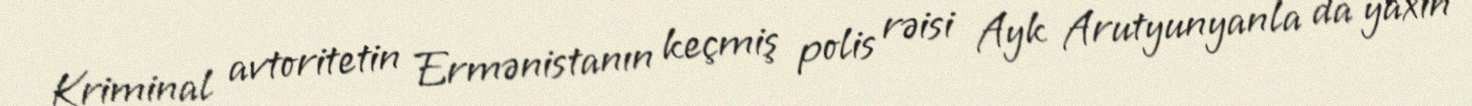
Kriminal avtoritetin Ermənistanın keçmiş polis rəisi Ayk Arutyunyanla da yaxın